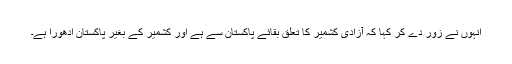
اُنہوں نے زور دے کر کہا کہ آزادیٔ کشمیر کا تعلق بقائے پاکستان سے ہے اور کشمیر کے بغیر پاکستان ادھورا ہے۔